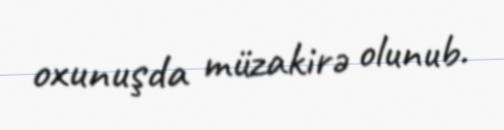
oxunuşda müzakirə olunub.